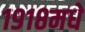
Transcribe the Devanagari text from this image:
१९१८मधे